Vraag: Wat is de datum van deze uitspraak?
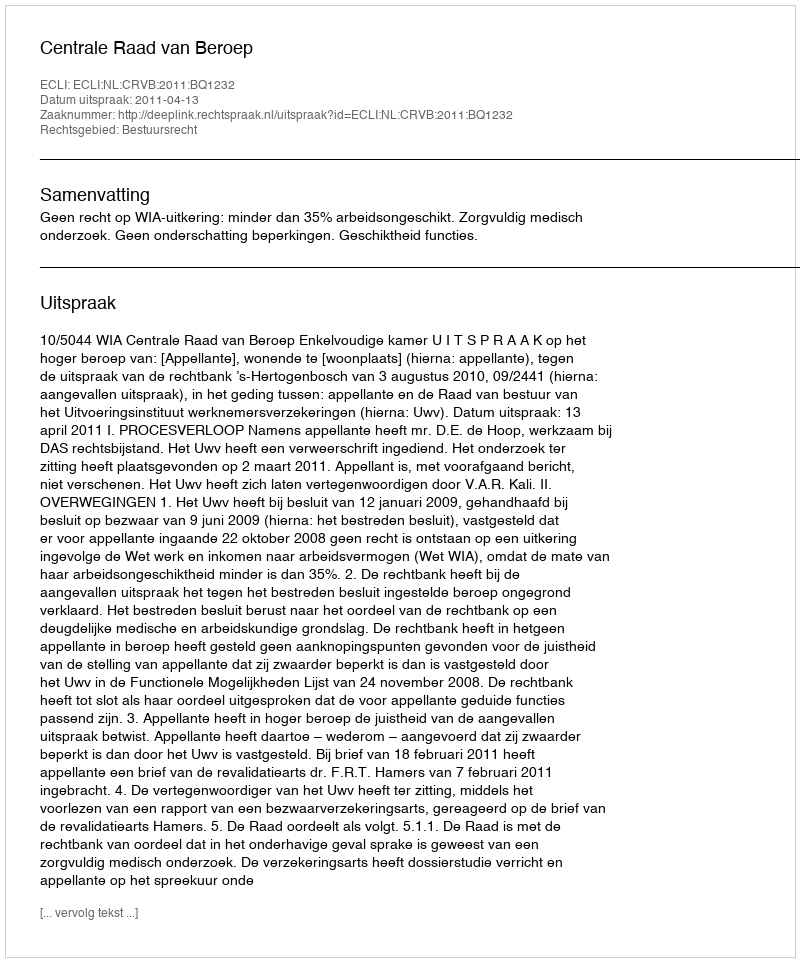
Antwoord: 2011-04-13